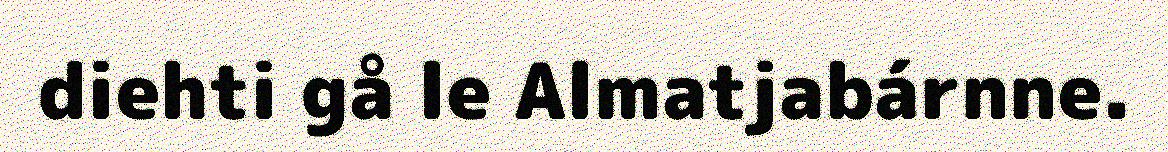
diehti gå le Almatjabárnne.